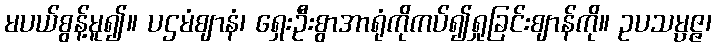
မပယ်စွန့်မူ၍။ ပဌမံဈာနံ၊ ရှေးဦးစွာအာရုံကိုကပ်၍ရှုခြင်းဈာန်ကို။ ဥပသမ္ပဇ္ဇ၊